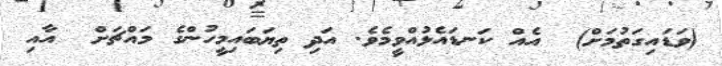
(ވަޑައިގަތުމަށް)  އެއް ކަނޑައެޅުއްވީމެވެ. އަދި ތިޔަބައިމީހުންގެ މައްޗަށް  އާއި